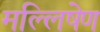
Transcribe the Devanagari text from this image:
मल्लिषेण